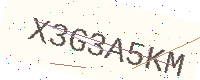
Text: X3G3A5KM